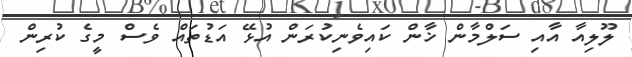
ލޫލިއާ އާއި ސަލްމާން ޚާން ކައިވެނިކުރަން އުޅޭ އަޑުތައް ވެސް މީގެ ކުރިން